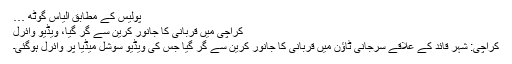
پولیس کے مطابق الیاس گوٹھ …
کراچی میں‌ قربانی کا جانور کرین سے گر گیا، ویڈیو وائرل
کراچی: شہر قائد کے علاقے سرجانی ٹاؤن میں قربانی کا جانور کرین سے گر گیا جس کی ویڈیو سوشل میڈیا پر وائرل ہوگئی۔